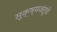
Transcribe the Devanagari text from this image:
सूक्ष्मजंतूंचे